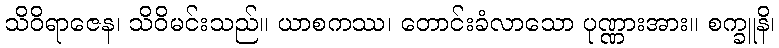
သိဝိရာဇေန၊ သိဝိမင်းသည်။ ယာစကဿ၊ တောင်းခံလာသော ပုဏ္ဏားအား။ စက္ခူနိ၊